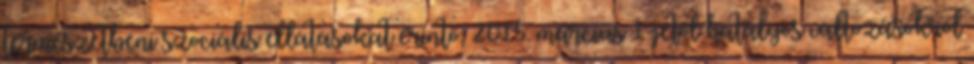
természetbeni szociális ellátásokat érintő, 2015. március 1-jétől hatályos változásokról